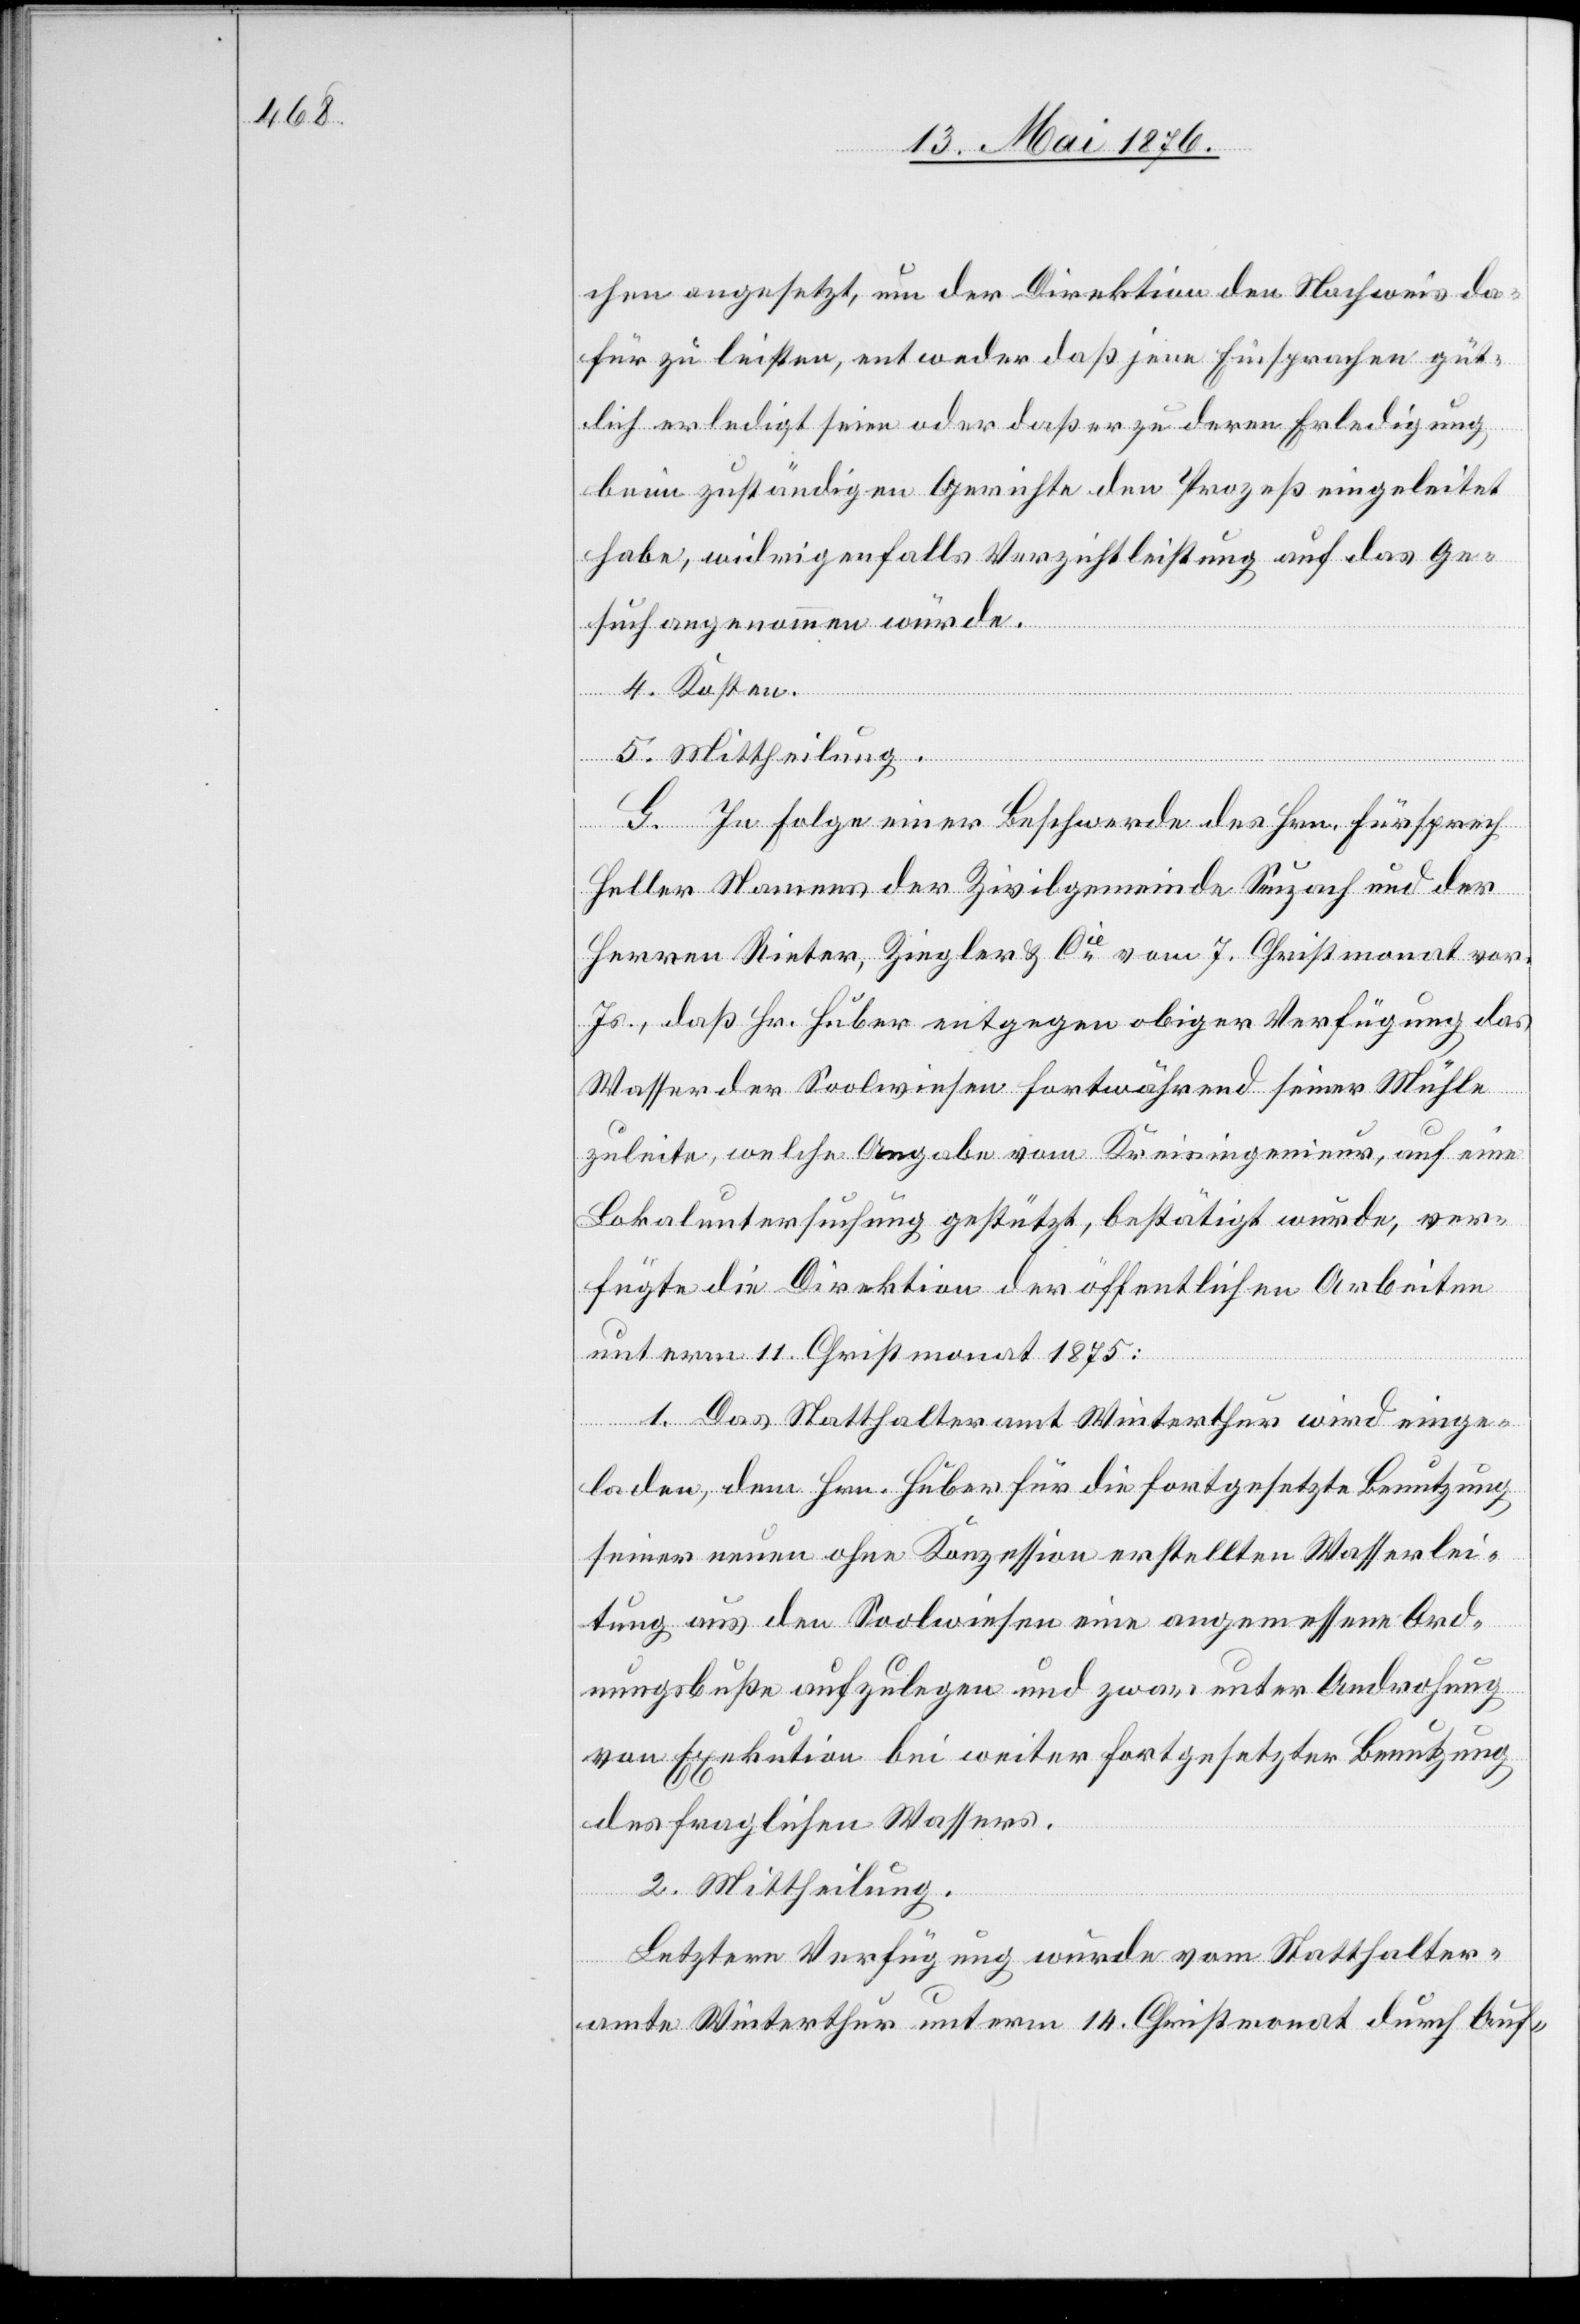
chen angesetzt, um der Direktion den Nachweis da¬
für zu leisten, entweder daß jene Einsprachen güt¬
lich erledigt seien oder daß er zu deren Erledigung
beim zuständigen Gerichte den Prozess eingeleitet
habe, widrigenfalls Verzichtleistung auf das Ge¬
such angenommen würde.
4. Kosten.
5. Mittheilung.
G. In Folge einer Beschwerde des Hrn. Fürsprech
Heller Namens der Zivilgemeinde Seuzach und der
Herren Rieter, Ziegler & Cie vom 7. Christmonat vor.
Js., daß Hr. Huber entgegen obiger Verfügung das
Wasser der Soolwiesen fortwährend seiner Mühle
zuleite, welche Angabe vom Kreisingenieur, auf eine
Lokaluntersuchung gestützt, bestätigt wurde, ver¬
fügte die Direktion der öffentlichen Arbeiten
unterm 11. Christmonat 1875:
1.Das Statthalteramt Winterthur wird einge¬
laden, dem Hrn. Huber für die fortgesetzte Benutzung
seiner neuen ohne Konzession erstellten Wasserlei¬
tung aus den Soolwiesen eine angemessene Ord¬
nungsbuße aufzulegen und zwar unter Androhung
von Exekution bei weiter fortgesetzter Benutzung
des fraglichen Wassers.
2. Mittheilung.
Letztere Verfügung wurde vom Statthalter¬
amte Winterthur unterm 14. Christmonat durch Auf-